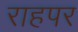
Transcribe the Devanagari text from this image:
राहपर